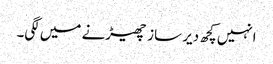
انہیں کچھ دیر ساز چھیڑنے میں لگی۔